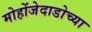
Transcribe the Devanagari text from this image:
मोहोंजेदाडोच्या